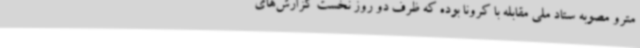
مترو مصوبه ستاد ملی مقابله با کرونا بوده که ظرف دو روز نخست گزارش‌های